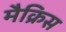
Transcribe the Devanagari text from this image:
मैक्रिस